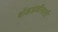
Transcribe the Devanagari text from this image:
बोंडअळीसाठी